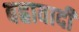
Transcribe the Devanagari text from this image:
बह्रावादी